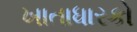
ખાતાધારકો